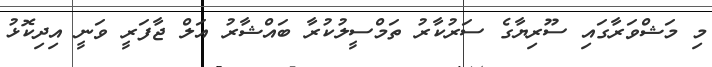
މި މަޝްވަރާގައި ސޫރިޔާގެ ސަރުކާރު ތަމްސީލުކުރާ ބައްޝާރު އަލް ޖާފަރީ ވަނީ އިދިކޮޅު